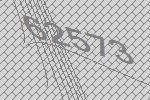
62573